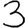
Digit: 3